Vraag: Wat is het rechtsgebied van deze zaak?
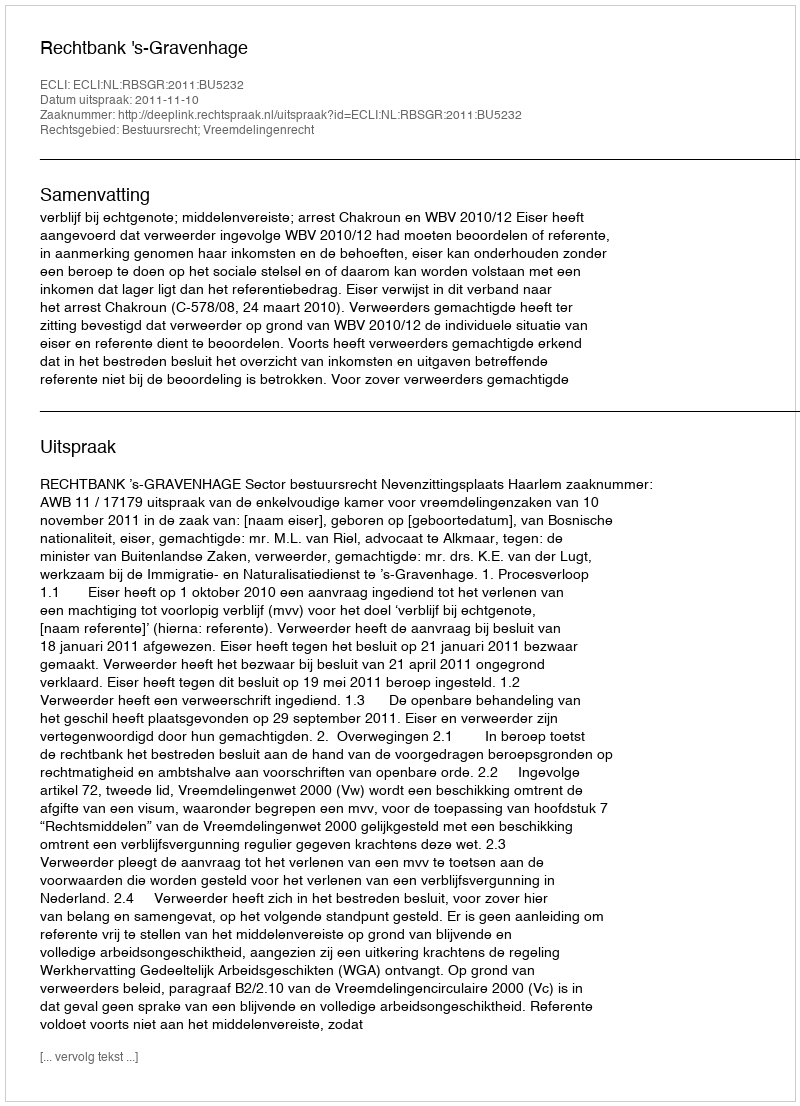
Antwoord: Bestuursrecht; Vreemdelingenrecht